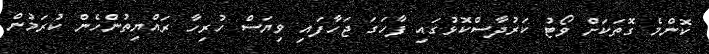
ކޮންމެ ގޮތަކަށް ވޯޓު ކަރުދާސްކޮޅުގައި ފާހަގަ ޖަހާފައި ވިޔަސް ހުރިހާ ރައްޔިތުންހެން ކުރަމުން